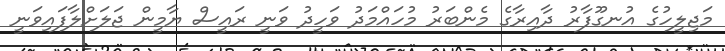
މަޖިލީހުގެ އުނގޫފާރު ދާއިރާގެ މެންބަރު މުހައްމަދު ވަހީދު ވަނީ ރައީސް ޔާމީން ޖަލަށްލާފައިވަނީ